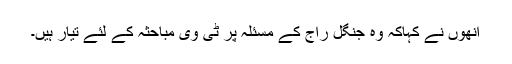
اُنھوں نے کہاکہ وہ جنگل راج کے مسئلہ پر ٹی وی مباحثہ کے لئے تیار ہیں۔